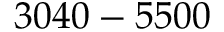
3 0 4 0 - 5 5 0 0 ~ \AA